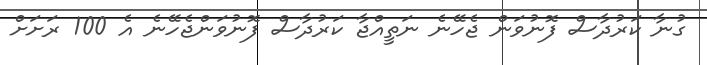
ގުނާ ކަރުދާސް ފޮނުވަން ޖެހޭނެ ނަތީއްޖާ ކަރުދާސް ފޮނުވަންޖެހޭނެ އެ 100 ރަށަށް